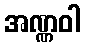
အဏ္ဏဝါ